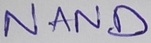
Text: NAND